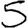
Digit: 5